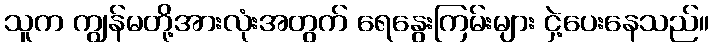
သူက ကျွန်မတို့အားလုံးအတွက် ရေနွေးကြမ်းများ ငှဲ့ပေးနေသည်။